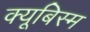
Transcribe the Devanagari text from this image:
क्यूबिस्म